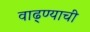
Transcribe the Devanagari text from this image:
वाढ्ण्याची